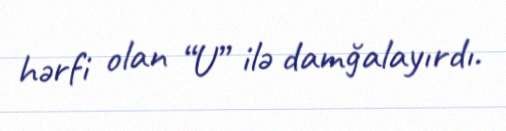
hərfi olan “U” ilə damğalayırdı.